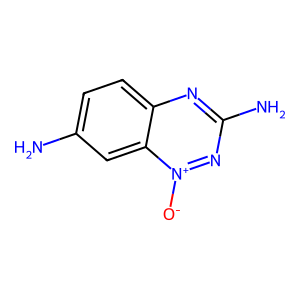
SMILES: Nc1ccc2nc(N)n[n+]([O-])c2c1
Inhibits HIV replication: No